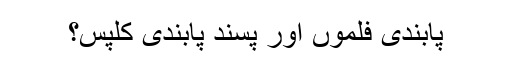
پابندی فلموں اور پسند پابندی کلپس؟